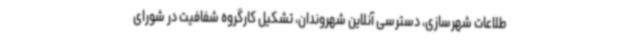
طلاعات شهرسازی، دسترسی آنلاین شهروندان، تشکیل کارگروه شفافیت در شورای